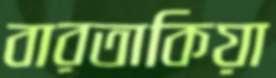
বারতাকিয়া